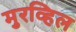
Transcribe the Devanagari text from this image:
मुरव्हिल